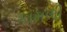
કામળી